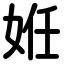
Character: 姙